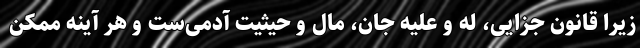
زیرا قانون جزایی، له و علیه جان، مال و حیثیت آدمی‌ست و هر آینه ممکن